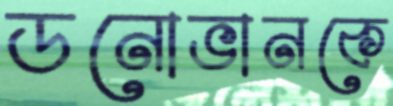
ডনোভানকে